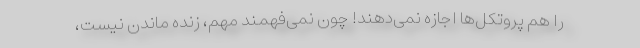
را هم پروتکل‌ها اجازه نمی‌دهند! چون نمی‌فهمند مهم، زنده ماندن نیست،